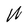
Character: W